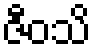
ဇီဝသိ